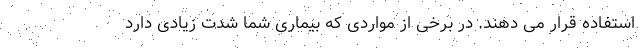
استفاده قرار می دهند. در برخی از مواردی که بیماری شما شدت زیادی دارد